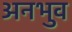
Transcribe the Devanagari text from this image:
अनभुव